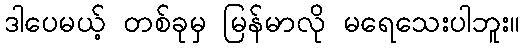
ဒါပေမယ့် တစ်ခုမှ မြန်မာလို မရေသေးပါဘူး။